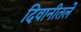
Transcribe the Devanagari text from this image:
दिवानीतले